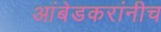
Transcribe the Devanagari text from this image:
आंबेडकरांनीच